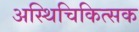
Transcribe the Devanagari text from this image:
अस्थिचिकित्सक